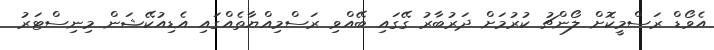
އެވޯޑް ރަސްމީކޮށް ލޯންޗު ކުުރުމަށް ދަރުބާރު ގޭގައި ބޭއްވި ރަސްމިއްޔާތެއްގައި އެޑިއުކޭޝަން މިނިސްޓަރު